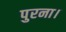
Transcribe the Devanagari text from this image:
पुरना।